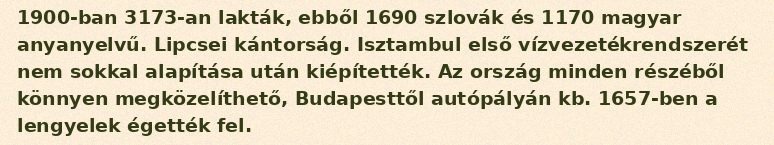
1900-ban 3173-an lakták, ebből 1690 szlovák és 1170 magyar anyanyelvű. Lipcsei kántorság. Isztambul első vízvezetékrendszerét nem sokkal alapítása után kiépítették. Az ország minden részéből könnyen megközelíthető, Budapesttől autópályán kb. 1657-ben a lengyelek égették fel.